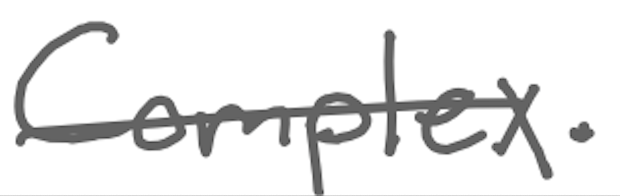
Text: Complex.
Cross-out: single-line
Writing tool: digital_gray